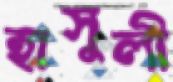
হাসুলী